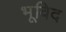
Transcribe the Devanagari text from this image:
भूविद